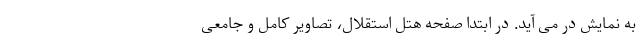
به نمایش در می آید. در ابتدا صفحه هتل استقلال، تصاویر کامل و جامعی